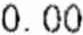
0.00